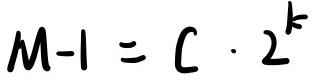
$M - 1 = C \cdot 2^{k}$